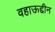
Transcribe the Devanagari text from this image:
वहाऊद्दीन